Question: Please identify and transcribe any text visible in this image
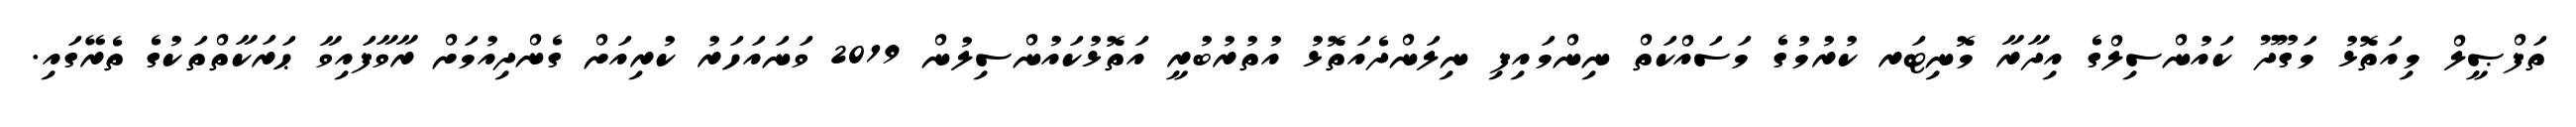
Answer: ތަފްޞީލް މިއަތޮޅު މަގޫދޫ ކައުންސިލްގެ އިދާރާ މޮނިޓަރ ކުރުމުގެ މަސައްކަތް ނިންމައިފި ނިލަންދެއަތޮޅު އުތުރުބުރީ އަތޮޅުކައުންސިލުން 2019 ވަނައަހަރު ކުރިއަށް ގެންދިއުމަށް ރާވާފައިވާ ޙަރަކާތްތަކުގެ ތެރޭގައި.